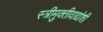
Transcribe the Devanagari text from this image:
स्त्रीमुक्तीवाद्यांशी